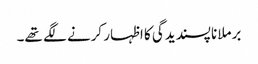
برملا ناپسندیدگی کا اظہار کرنے لگے تھے۔